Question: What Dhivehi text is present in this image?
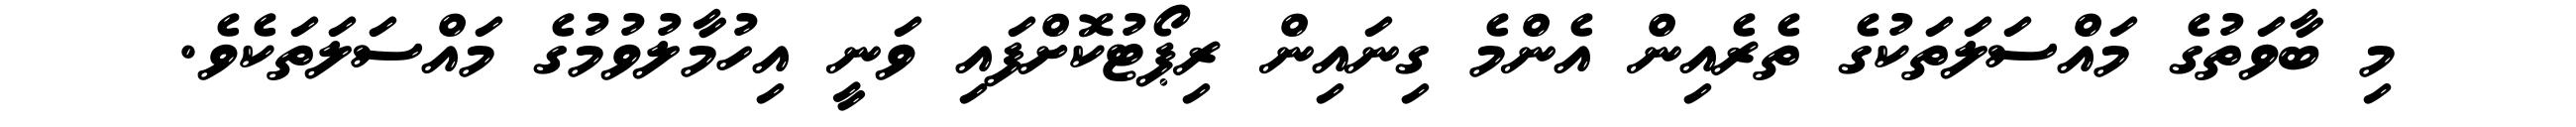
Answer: މި ބާވަތުގެ މައްސަލަތަކުގެ ތެރެއިން އެންމެ ގިނައިން ރިޕޯޓުކޮށްފައި ވަނީ އިހުމާލުވުމުގެ މައްސަލަތަކެވެ.